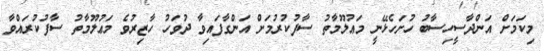
މިކަމަށް އަންދާސީހިސާބު ހުށަހެޅޭނީ މަޢުލޫމާތު ސާފުކުރުމަށް އަންގާފައިވާ ދުވަހު ހާޒިރުވެ މަޢުލޫމާތު ސާފުކުރައްވާ